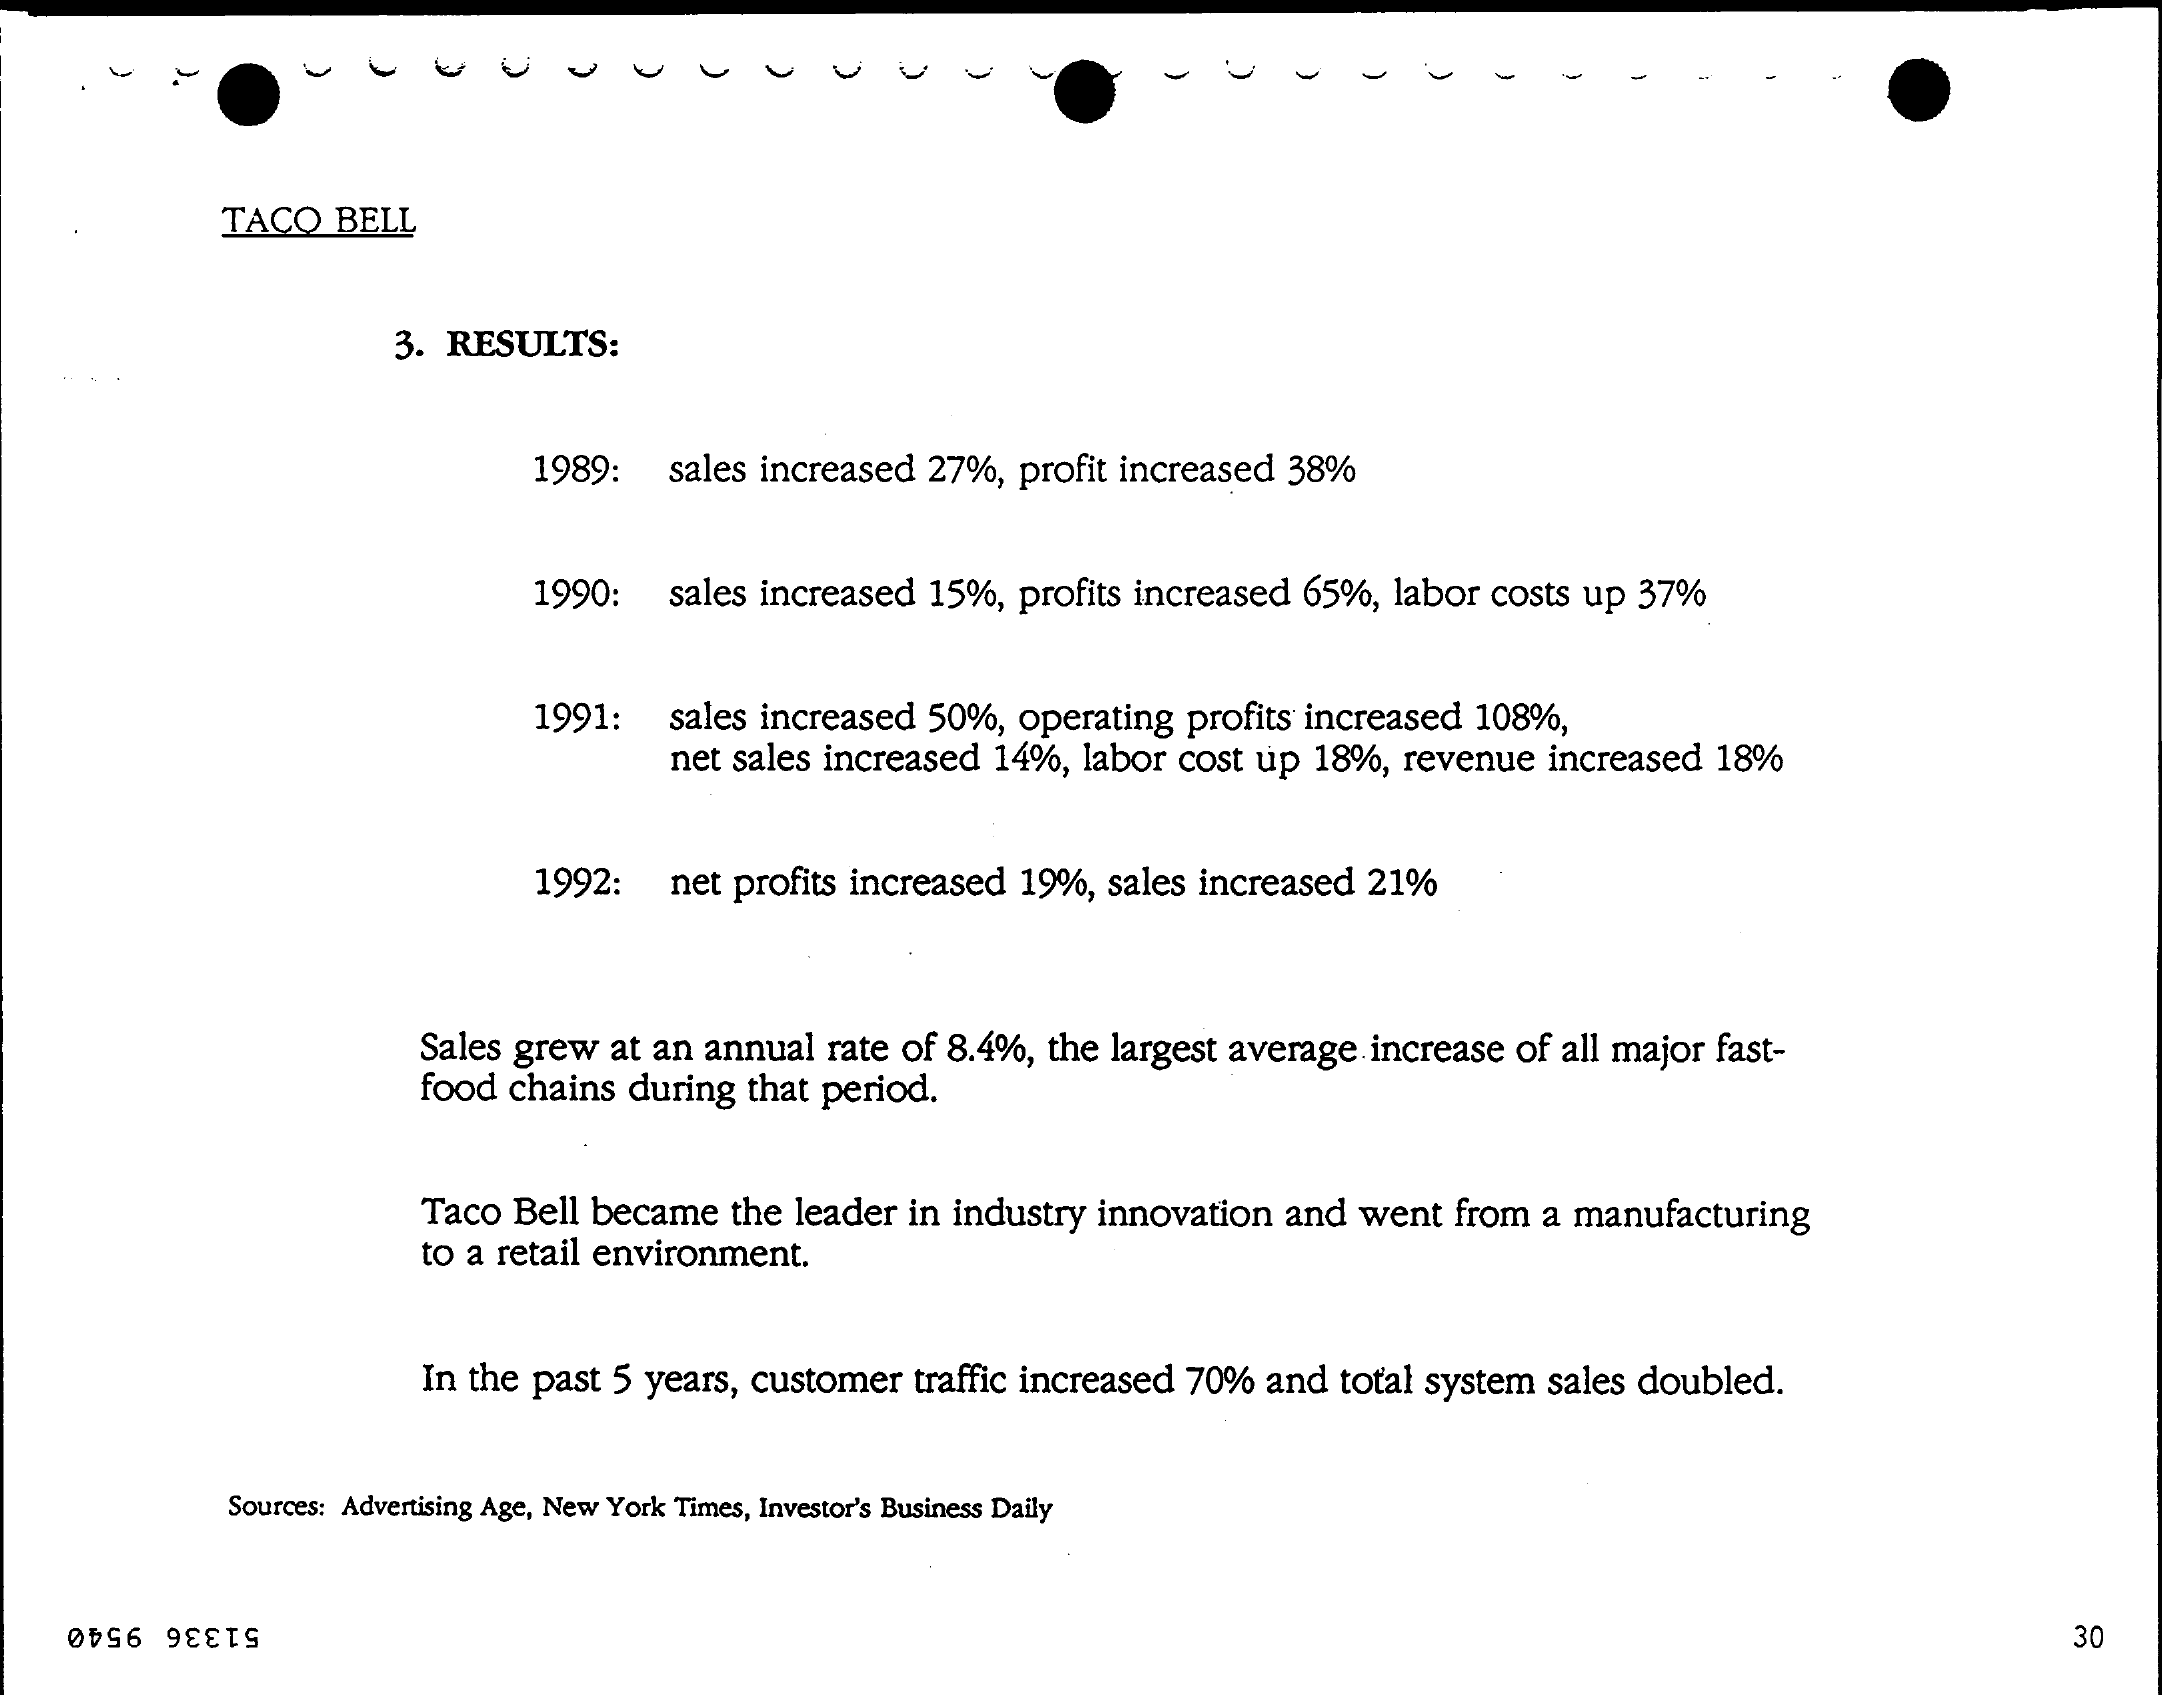
V    -
     TACO BELL
     3. RESULTS:
     1989: sales increased 27%, profit increased 38%
     1990: sales increased 15%, profits increased 65%, labor costs up 37%
     1991:  sales increased 50%, operating profits increased 108%,
     net sales increased 14%, labor cost up 18%, revenue increased 18%
     1992: net profits increased 19%, sales increased 21%
     Sales grew at an annual rate of 8.4%, the largest average increase of all major fast-
     food chains during that period.
     Taco Bell became the leader in industry innovation and went from a manufacturing
     to a retail environment.
     In the past 5 years, customer traffic increased 70% and total system sales doubled.
     Sources: Advertising Age, New York Times, Investor's Business Daily
     30 51336 9540